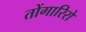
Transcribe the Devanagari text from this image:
तोंगारिरो